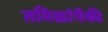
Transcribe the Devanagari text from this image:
तमिळांपैकी